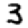
Digit: 3